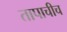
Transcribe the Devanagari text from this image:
तापाचीच